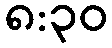
၈:၃၀